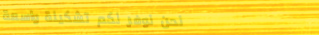
نحن نوفر لكم تشكيلة واسعة